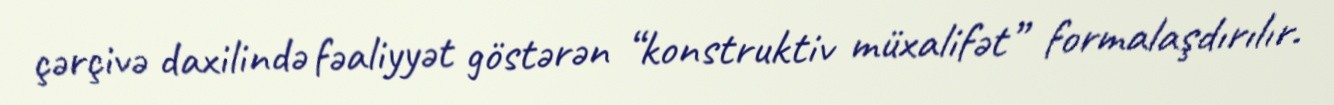
çərçivə daxilində fəaliyyət göstərən “konstruktiv müxalifət” formalaşdırılır.